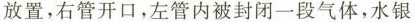
放置，右管开口，左管内被封闭一段气体，水银